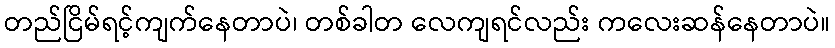
တည်ငြိမ်ရင့်ကျက်နေတာပဲ၊ တစ်ခါတ လေကျရင်လည်း ကလေးဆန်နေတာပဲ။